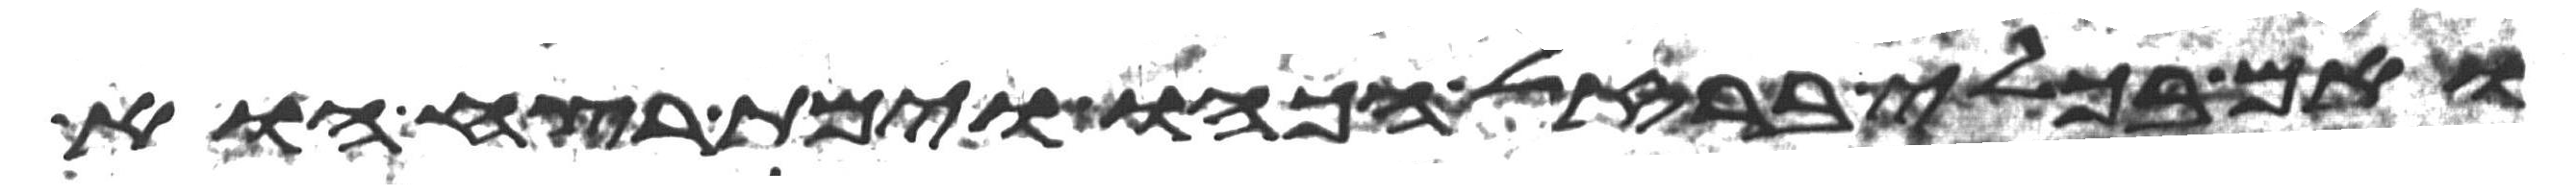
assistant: ואם בכלי ברזל הכהו וימת רצח הוא